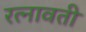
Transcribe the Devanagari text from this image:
रत्नावती